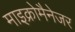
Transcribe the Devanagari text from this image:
माइक्रोमैनेजर